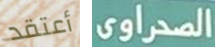
أعتقد الصحراوى